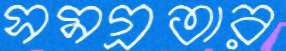
সমগ্রতার